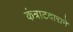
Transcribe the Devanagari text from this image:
कंत्राटदाराने